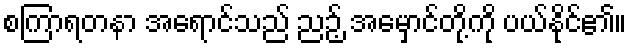
စကြာရတနာ အရောင်သည် ညဉ့် အမှောင်တို့ကို ပယ်နိုင်၏။